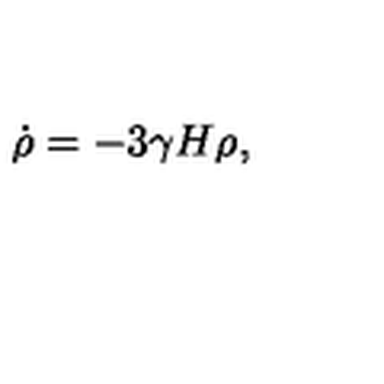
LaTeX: \dot { \rho } = - 3 \gamma H \rho ,